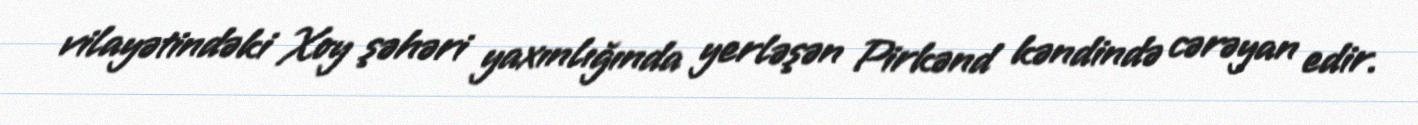
vilayətindəki Xoy şəhəri yaxınlığında yerləşən Pirkənd kəndində cərəyan edir.